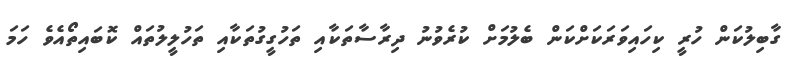
ގާބިލުކަން ހުރީ ކިހައިވަރަކަށްކަން ބެލުމަށް ކުރެވުނު ދިރާސާތަކާއި ތަހުގީގުތަކާއި ތަހުލީލުތައް ކޮބައިތޯއެވެ ހަމަ